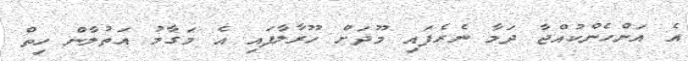
އެ އަންހެންކުއްޖާ ދަމާ ނެރެފައި މޫދަށް ހޫރާލާފައި އެ މަގާމު އަތުލާން ހިތް